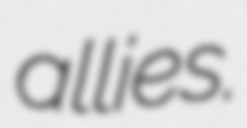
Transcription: allies.